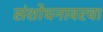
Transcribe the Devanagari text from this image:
संशोधनावरचा